Leaving Certificate Examination, 1908
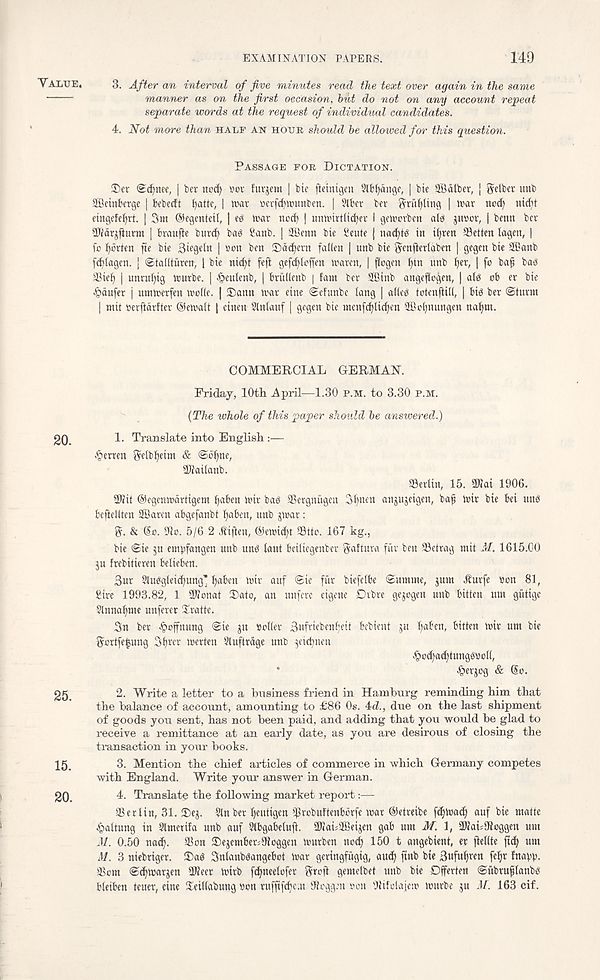
EXAMINATION PAPERS.
149
VALUE.
3. After an interval of five minutes read the text over again in the same
manner as on the first occasion, hut do not on any account repeat
separate words at the request of individual candidates.
4. Not more than HALF AN HOUR should he allowed for this question.
PASSAGE FOR DICTATION.
S)cr Sdjnee, | ber nod) »ov furjent | bie fteinigen Slb^dnge, | bic SBdtbcr, | Softer uub
SBeinbfrgc | bcbccft fjatte, | war acrfdnmmbcn. | 9lbet ber grueling | tear nod) nid)t
eingcfefjrt. | 3 m ©egenteil, | eg war nod) | mmurtlidjer I geworben a Is juoor, | benn ber
^Tfdrjfiurnt | braufle burd) bag £anb. | 2Benn bie Sente | nac^te in ifjren S5etten lagen, |
fc ijbrten fte bie 3iegein | son ben ®dd)ern fallen | unb bie genfterlaben | gegen bie 28anb
[ddagen. j Stallturen, | bie nidjt feft gefcfloffen waren, | flogen fin unb ^er, | fo baf bag
93ief) | unrufjig trurbe. | .deulenb, | btullenb | fam ber SBinb angeflogen, | alg cb er bie
fbdufer j umwerfen wolle. | ®ann war eine Sefunbe lang | atleg totenftill, | big ber ©turn
| mit oerftdrfter @ewalt | einen Slnlauf | gegen bie menfc^lic^en ©ot)nungen naljm.
20.
25.
15.
20.
COMMERCIAL GERMAN.
Friday, lOth April—1.30 P.M. to 3.30 P.M.
(The whole of this paper should he answered.)
1. Translate into English:—
Merten Selbfyeim & ©cfne,
Sltailanb.
ISerlin, 15. SUiai 1906.
2J?it ©egenwdrtigem faben wir bag iBergniigcn 3bnen anjujeigen, baf wir bie bei ung
beftellren SBaren abgefanbt ^aben, unb jwar:
& So. 91o. 5/6 2 Jfiften, ©ewi^t a3tto. 167 kg.,
bie ©ie 5U empfangen unb ung iaut beiliegenber gaftura fur ben SSetrag mit M. 1615.00
ju frebitieren belteben.
Bur Sluggleicfung' tiaben wir auf @ie fur biefelbe ©umme, jum .Rurfe »on 81,
Sire 1993.82, 1 SUonat Dato, an unferc eigene Dvbre gejogen unb bitten urn gutige
Slnnafime unferer Sratte.
3n ber •‘ooffmmg @ie ju »ol(er Bufriebenfeit bebient ju l)aben, bitten wir urn bie
gortfe^ung 3f)m werten Sluftrdge unb ^ficbneii
fjocfadjtungeoon,
tgierjog & So.
2. Write a letter to a business friend in Hamburg reminding him that
the balance of account, amounting to £86 Os. 4d., due on the last shipment
of goods you sent, has not been paid, and adding that you would be glad to
receive a remittance at an early date, as you are desirous of closing the
transaction in your books.
3. Mention the chief articles of commerce in which Germany competes
with England. Write your answer in German.
4. Translate the following market report:—
SGerlin, 31. 3)q. Sin ber Ijeutigen '$rcbuftenbbrfe war ©etreibe fc^wad) auf bie matte
fjaltung in Slmetifa unb auf SIbgabeluft. fMabSSleijen gab urn M. 1, SJfabSfioggen urn
31. 0.50 nad). $on ®ejember;9toggen wurben ncc^ 150 t angebient, er ftetlte ftc^ urn
M. 3 niebriger. ®ag Snlanbgangebct war geringfugig, and) jtnb bie 3«Mren fetjr fnaw-
Scm ©cfwarjen SKeer wirb f^neelcfer Sn-’ft gemelbet unb bie Dfferten ©ubruflanbg
bleiben teuer, eine Xeidabung sen ruffifcbc.u Stogg.-n ven 'Jtifolajew wnrbe ju M. 163 cif.